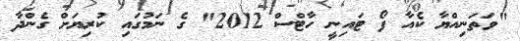
"ވަތަނިއްޔާ ކެއާ ފޯ ޓައިނީ ހާޓްސް 2012" ގެ ނަމުގައި ކުރިޔަށް ގެންދާ